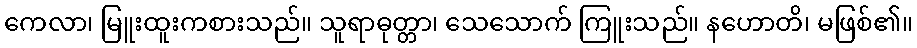
ကေလာ၊ မြူးထူးကစားသည်။ သူရာဓုတ္တာ၊ သေသောက် ကြူးသည်။ နဟောတိ၊ မဖြစ်၏။